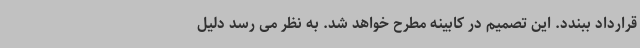
قرارداد ببندد. این تصمیم در کابینه مطرح خواهد شد. به نظر می رسد دلیل